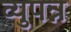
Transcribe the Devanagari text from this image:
व्युपन्न